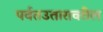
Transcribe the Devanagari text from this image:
पर्वतउतारावरील